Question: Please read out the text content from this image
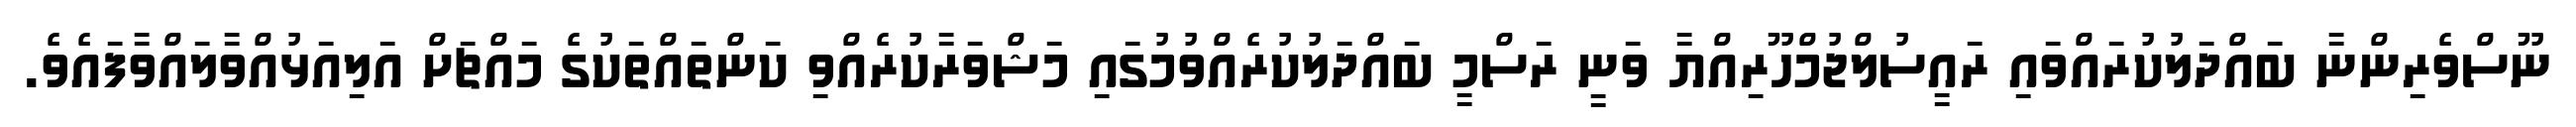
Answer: ނޫސްވެރިންނާ ބައްދަލުކުރައްވައި ރައީސުލްޖުމްހޫރިއްޔާ ވަނީ ރަސްމީ ބައްދަލުކުރެއްވުމުގައި މަޝްވަރާކުރެއްވި ކަންތައްތަކުގެ މައްޗަށް އަލިއަޅުއްވާލައްވާފައެވެ.